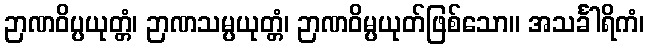
ဉာဏဝိပ္ပယုတ္တံ၊ ဉာဏသမ္ပယုတ္တံ၊ ဉာဏဝိမ္ပယုတ်ဖြစ်သော။ အသင်္ခါရိကံ၊